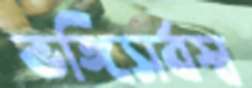
ভঙ্গিসর্বস্ব